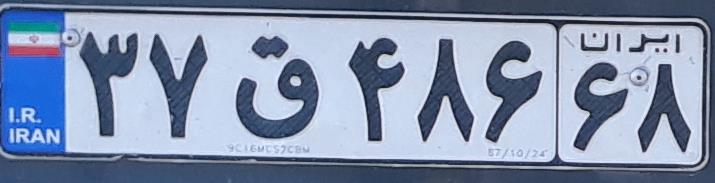
۳۷ق۴۸۶۶۸